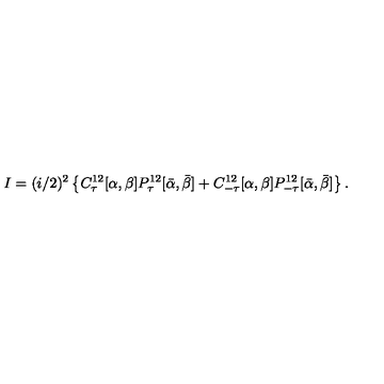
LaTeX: I = ( i / 2 ) ^ { 2 } \left\{ C _ { \tau } ^ { 1 2 } [ \alpha , \beta ] P _ { \tau } ^ { 1 2 } [ \bar { \alpha } , \bar { \beta } ] + C _ { - \tau } ^ { 1 2 } [ \alpha , \beta ] P _ { - \tau } ^ { 1 2 } [ \bar { \alpha } , \bar { \beta } ] \right\} .